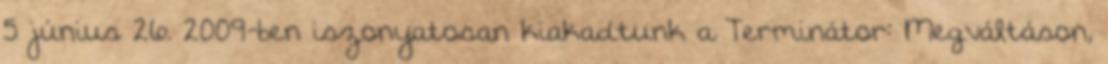
5 június 26. 2009-ben iszonyatosan kiakadtunk a Terminátor: Megváltáson,